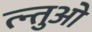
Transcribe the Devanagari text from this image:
त्न्तुओ